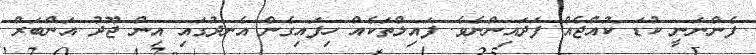
ފެންނަނީ ކުޑަ ކުއްޖެއް ފަދައިންނެވެ. ފައިލްތަކެއް ހިފައިގެން އެނދުގައި އިން ޖޫދު އަންބަރް